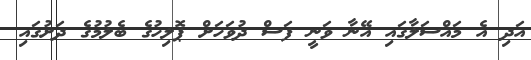
އަދި އެ މައްސަލާގައި އޭނާ ވަނީ ފަސް ދުވަހަށް ޕޮލިހުގެ ބެލުމުގެ ދަށުގައި